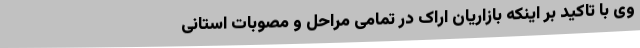
وی با تاکید بر اینکه بازاریان اراک در تمامی مراحل و مصوبات استانی